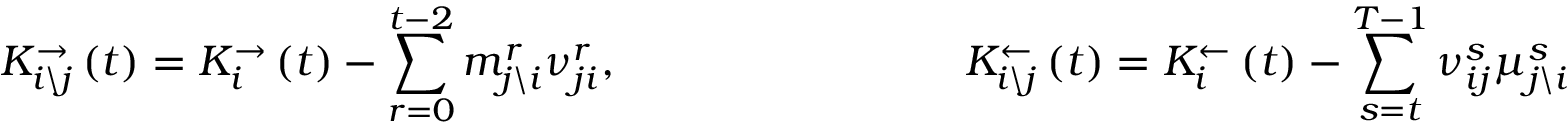
K _ { i \backslash j } ^ { \rightarrow } \left( t \right) = K _ { i } ^ { \rightarrow } \left( t \right) - \sum _ { r = 0 } ^ { t - 2 } m _ { j \backslash i } ^ { r } \nu _ { j i } ^ { r } , \qquad \qquad \qquad \qquad K _ { i \backslash j } ^ { \leftarrow } \left( t \right) = K _ { i } ^ { \leftarrow } \left( t \right) - \sum _ { s = t } ^ { T - 1 } \nu _ { i j } ^ { s } \mu _ { j \backslash i } ^ { s }